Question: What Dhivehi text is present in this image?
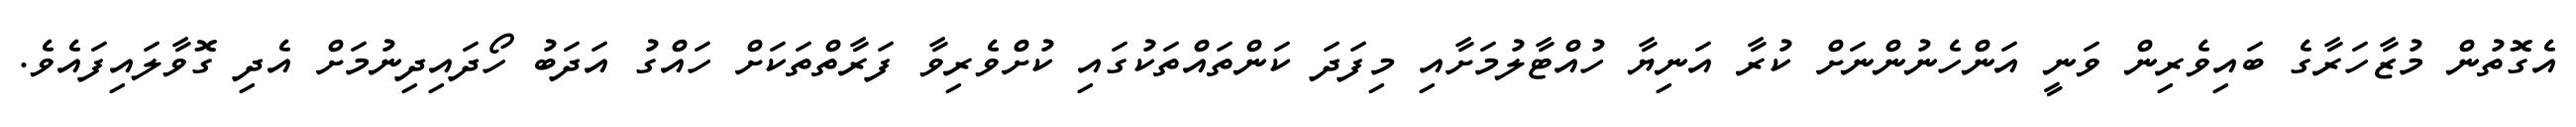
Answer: އެގޮތުން މުޒާހަރާގެ ބައިވެރިން ވަނީ އަންހެނުންނަށް ކުރާ އަނިޔާ ހުއްޓާލުމަށާއި މިފަދަ ކަންތައްތަކުގައި ކުށްވެރިވާ ފަރާތްތަކަށް ހައްގު އަދަބު ހޯދައިދިނުމަށް އެދި ގޮވާލައިފައެވެ.